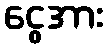
ငွေအား